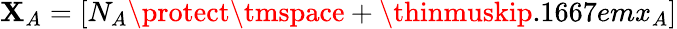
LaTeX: \mathbf{X}_{A}=[N_{A}\protect\tmspace+\thinmuskip{.1667em}x_{A}]